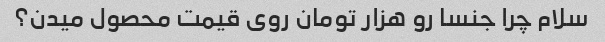
سلام چرا جنسا رو هزار تومان روی قیمت محصول میدن؟